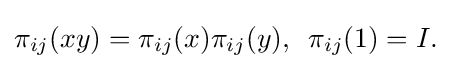
\displaystyle {\pi _{ij}(xy)=\pi _{ij}(x)\pi _{ij}(y),\,\,\,\pi _{ij}(1)=I.}